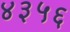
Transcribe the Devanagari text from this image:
४३५६